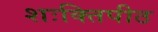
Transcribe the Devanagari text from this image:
शःक्तिपीठ